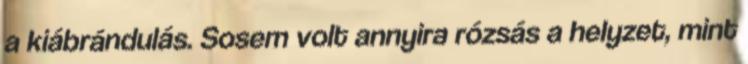
a kiábrándulás. Sosem volt annyira rózsás a helyzet, mint